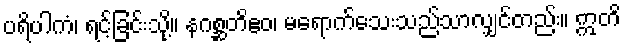
ပရိပါကံ၊ ရင့်ခြင်းသို့။ နဂစ္ဆတိဧဝ၊ မရောက်သေးသည်သာလျှင်တည်း။ ဣတိ